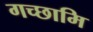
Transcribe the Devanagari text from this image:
गच्छामि